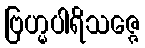
ဗြဟ္မပါရိသဇ္ဇေ